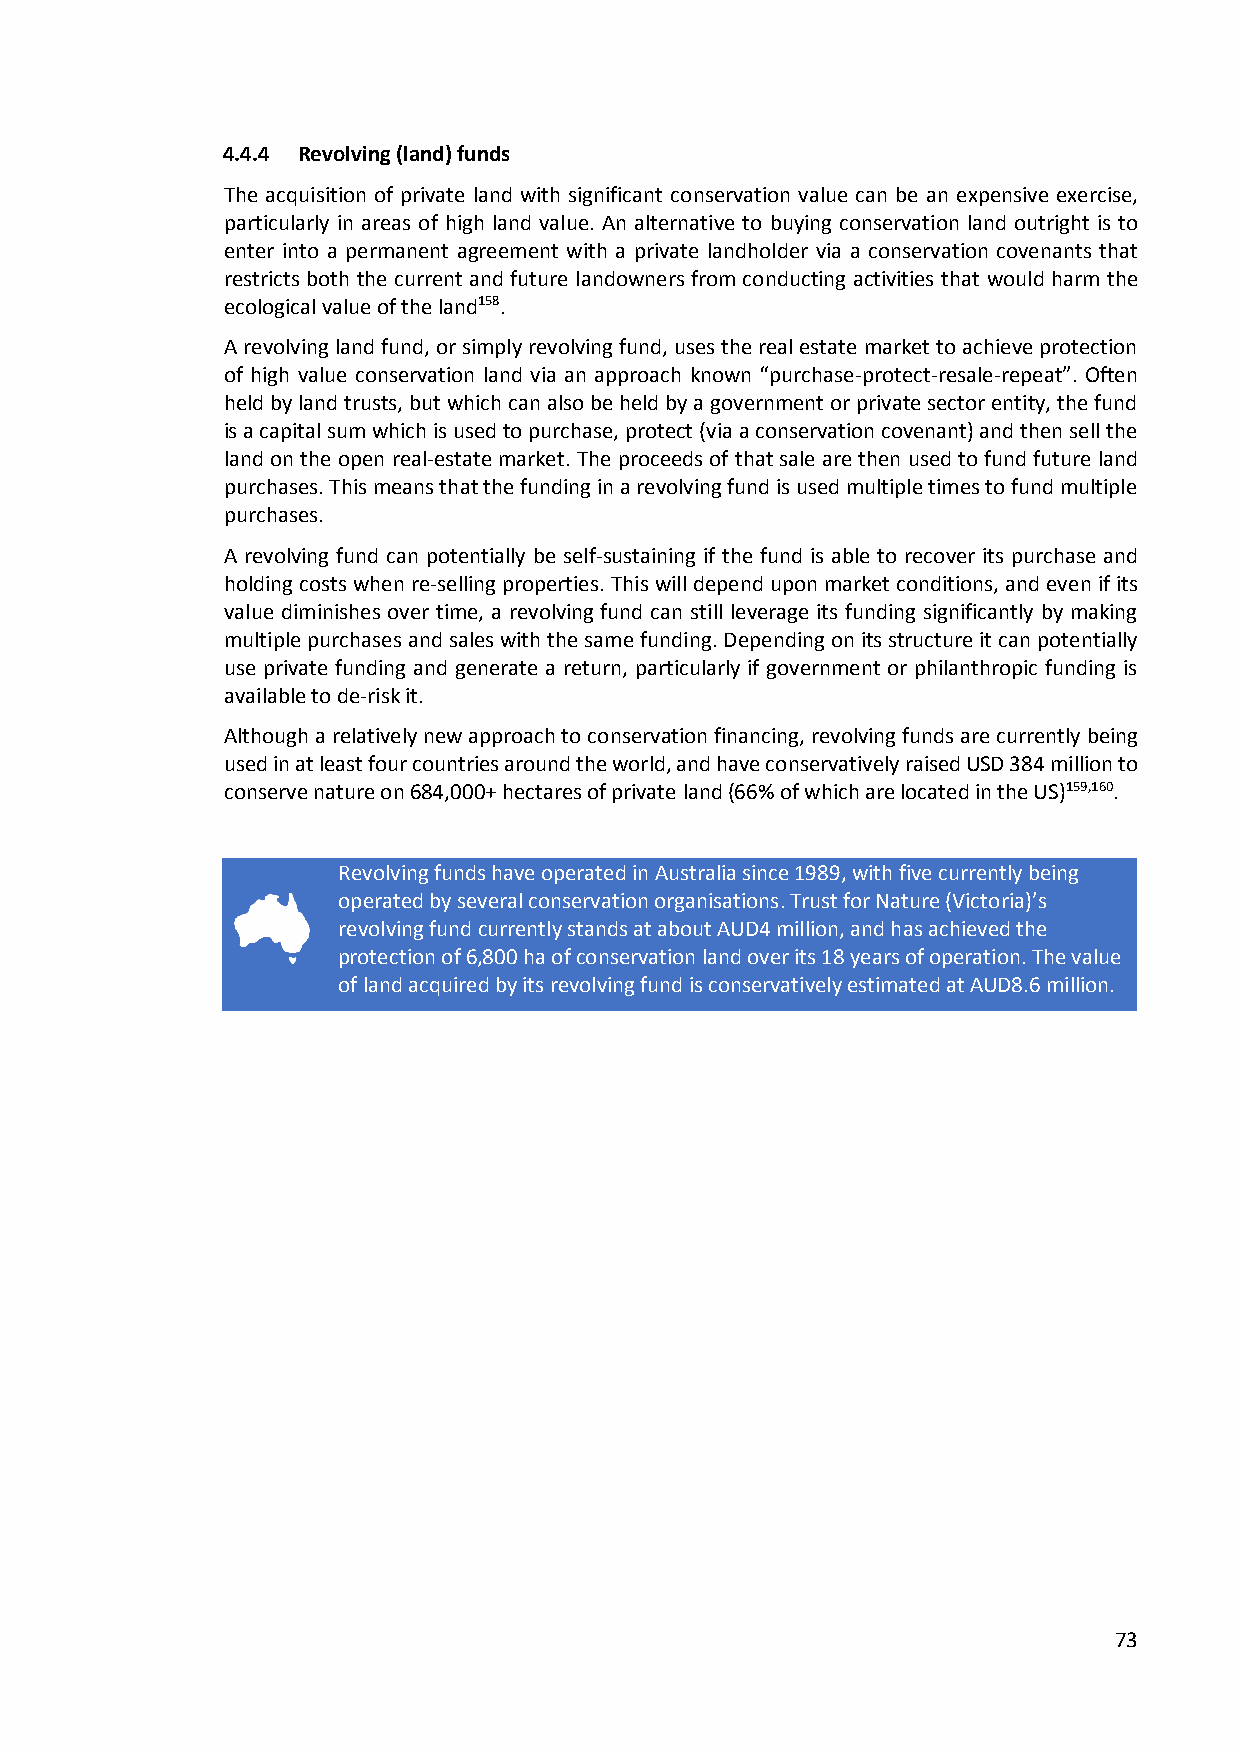
4.4.4 Revolving (land) funds
 The acquisition of private land with significant conservation value can be an expensive exercise,
 particularly in areas of high land value. An alternative to buying conservation land outright is to
 enter into a permanent agreement with a private landholder via a conservation covenants that
 restricts both the current and future landowners from conducting activities that would harm the
 ecological value of the land158.
 A revolving land fund, or simply revolving fund, uses the real estate market to achieve protection
 of high value conservation land via an approach known “purchase-protect-resale-repeat”. Often
 held by land trusts, but which can also be held by a government or private sector entity, the fund
 is a capital sum which is used to purchase, protect (via a conservation covenant) and then sell the
 land on the open real-estate market. The proceeds of that sale are then used to fund future land
 purchases. This means that the funding in a revolving fund is used multiple times to fund multiple
 purchases.
 A revolving fund can potentially be self-sustaining if the fund is able to recover its purchase and
 holding costs when re-selling properties. This will depend upon market conditions, and even if its
 value diminishes over time, a revolving fund can still leverage its funding significantly by making
 multiple purchases and sales with the same funding. Depending on its structure it can potentially
 use private funding and generate a return, particularly if government or philanthropic funding is
 available to de-risk it.
 Although a relatively new approach to conservation financing, revolving funds are currently being
 used in at least four countries around the world, and have conservatively raised USD 384 million to
 conserve nature on 684,000+ hectares of private land (66% of which are located in the US)159,160.
 Revolving funds have operated in Australia since 1989, with five currently being
 operated by several conservation organisations. Trust for Nature (Victoria)’s
 revolving fund currently stands at about AUD4 million, and has achieved the
 protection of 6,800 ha of conservation land over its 18 years of operation. The value
 of land acquired by its revolving fund is conservatively estimated at AUD8.6 million.
 73